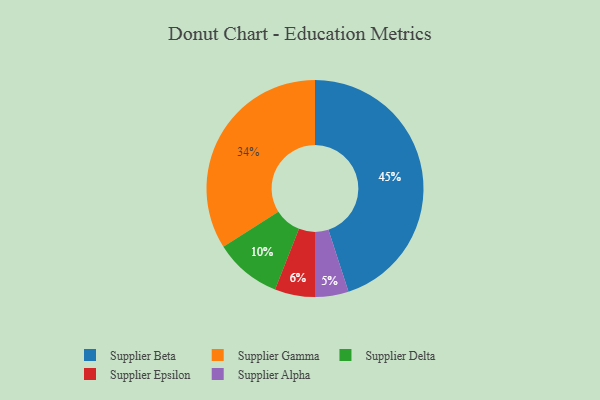
{"axis": {"x": "Category", "y": "Percentage"}, "legend": ["Supplier Alpha", "Supplier Beta", "Supplier Delta", "Supplier Epsilon", "Supplier Gamma"], "data": [{"x": "Supplier Delta", "y": 10, "type": "Supplier Delta"}, {"x": "Supplier Beta", "y": 45, "type": "Supplier Beta"}, {"x": "Supplier Epsilon", "y": 6, "type": "Supplier Epsilon"}, {"x": "Supplier Gamma", "y": 34, "type": "Supplier Gamma"}, {"x": "Supplier Alpha", "y": 5, "type": "Supplier Alpha"}]}